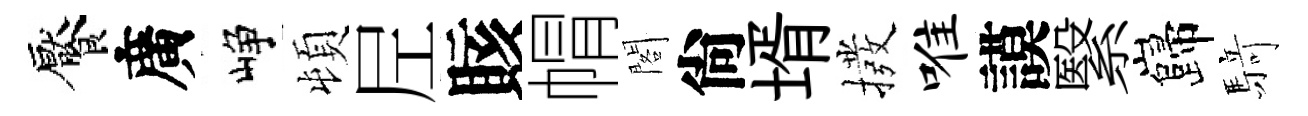
饜廣峥頓𡰱賅㡌閣尙壻撥唯謨繄巋𮪍